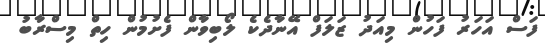
ފަސް އަހަރު ފަހުން މިއަދު ޒަލަފް އޭނާދެކެ ލޯބިވާން ފެށުމުން ހިތް މިސްރާބު